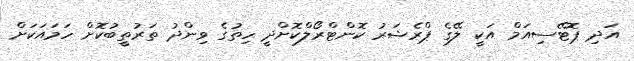
އަދި ޕޮޓޭސިއަމް އަކީ ލޭގެ ޕްރެޝަރު ކޮންޓްރޯލްކޮށްދީ ހިތުގެ ވިންދު ތަރުތީބުކޮށް ހަމައަކަށް